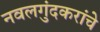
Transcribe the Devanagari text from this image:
नवलगुंदकरांचे